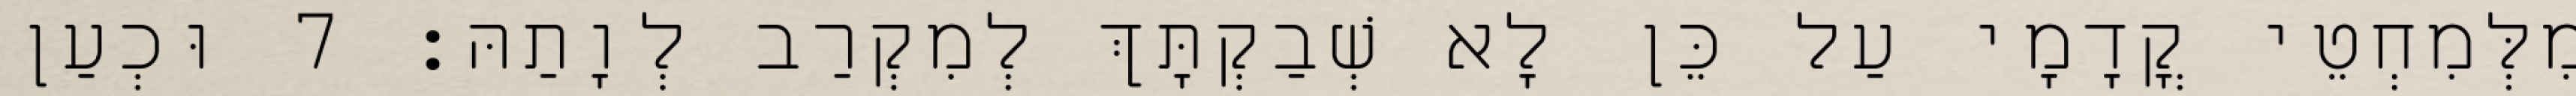
מִלְּמִחְטֵי קֳדָמָי עַל כֵּן לָא שְׁבַקְתָּךְ לְמִקְרַב לְוָתַהּ׃ 7 וּכְעַן